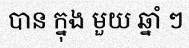
បាន ក្នុង មួយ ឆ្នាំ ៗ